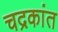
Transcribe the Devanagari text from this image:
चद्रकांत